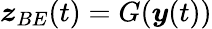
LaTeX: \boldsymbol{z}_{BE}(t)=G(\boldsymbol{y}(t))